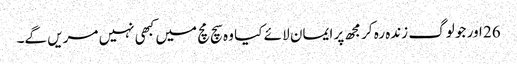
26 اور جو لوگ زندہ رہ کر مجھ پر ایمان لا ئے کیا وہ سچ مچ میں کبھی نہیں مریں گے۔